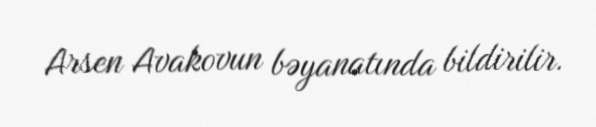
Arsen Avakovun bəyanatında bildirilir.